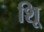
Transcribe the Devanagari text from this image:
शूि